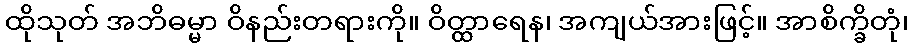
ထိုသုတ် အဘိဓမ္မာ ဝိနည်းတရားကို။ ဝိတ္ထာရေန၊ အကျယ်အားဖြင့်။ အာစိက္ခိတုံ၊